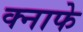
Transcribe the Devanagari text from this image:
क्नाफे